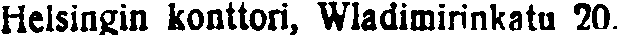
Helsingin konttori, Wladimirinkatu 20.